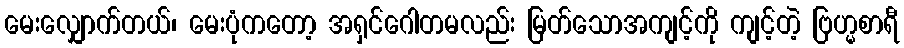
မေးလျှောက်တယ်၊ မေးပုံကတော့ အရှင်ဂေါတမလည်း မြတ်သောအကျင့်ကို ကျင့်တဲ့ ဗြဟ္မစာရီ